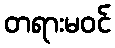
တရားမဝင်